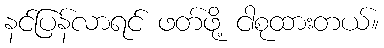
နင်ပြန်လာရင် ဖတ်ဖို့ ငါစုထားတယ်။